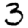
Digit: 3